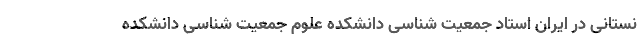
نستانی در ایران استاد جمعیت شناسی دانشکده علوم جمعیت شناسی دانشکده